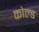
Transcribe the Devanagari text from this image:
कोल्‍ड